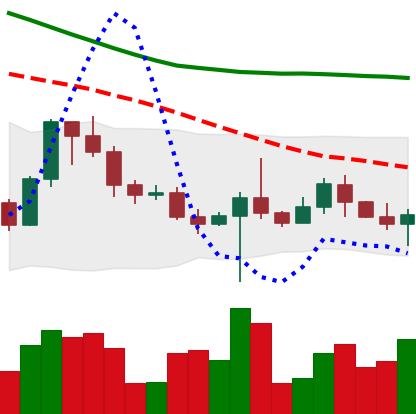
Ticker: BTC-USD
Chart end date: 2022-10-21
Forward return: 8.335%
Label: up_7plus